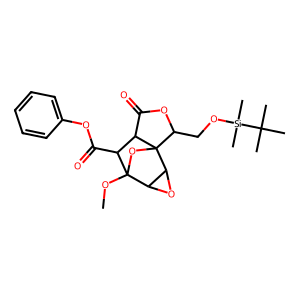
SMILES: COC12OC3(C(CO[Si](C)(C)C(C)(C)C)OC(=O)C3C1C(=O)Oc1ccccc1)C1OC12
Inhibits HIV replication: No